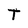
Character: T